Vaccination in Bombay 1863-1868 - 1863-1868
Year: 1863
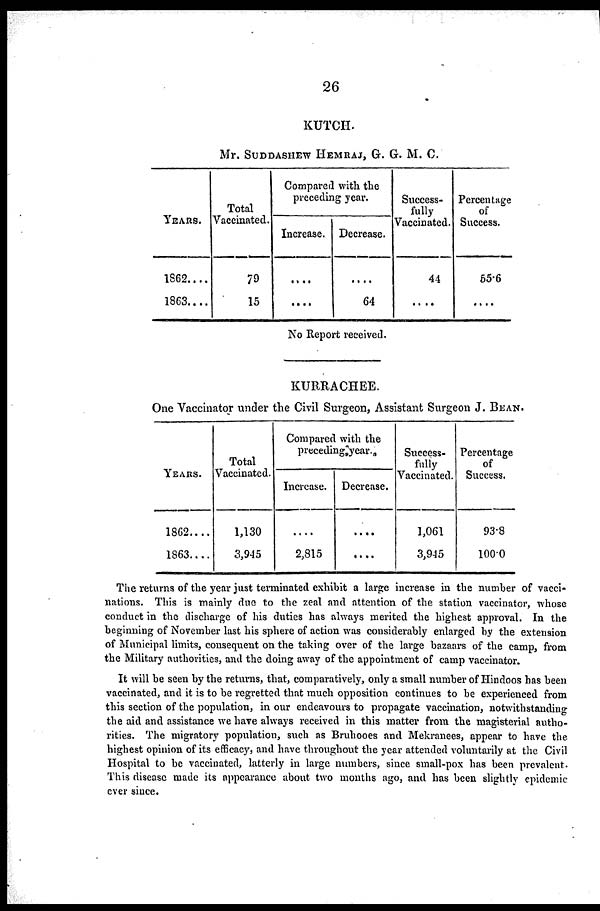
26
KUTCH.
Mr. SUDDASHEW HEMRAJ, G. G. M. C.
YEARS.
1862....
1863....
Total
Vaccinated.
79
15
Compared with the
preceding year.
Increase.
....
....
Decrease.
....
64
Success-
fully
Vaccinated.
44
....
Percentage
of
Success.
55.6
....
No Report received.
KURRACHEE.
One Vaccinator under the Civil Surgeon, Assistant Surgeon J. BEAN.
YEARS.
1862....
1863....
Total
Vaccinated.
1,130
3,945
Compared with the
preceding year.
Increase.
....
2,815
Decrease.
....
....
Success-
fully
Vaccinated.
1,061
3,945
Percentage
of
Success.
93.8
100.0
The returns of the year just terminated exhibit a large increase in the number of vacci-
nations. This is mainly due to the zeal and attention of the station vaccinator, whose
conduct in the discharge of his duties has always merited the highest approval. In the
beginning of November last his sphere of action was considerably enlarged by the extension
of Municipal limits, consequent on the taking over of the large bazaars of the camp, from
the Military authorities, and the doing away of the appointment of camp vaccinator.
It will be seen by the returns, that, comparatively, only a small number of Hindoos has been
vaccinated, and it is to be regretted that much opposition continues to be experienced from
this section of the population, in our endeavours to propagate vaccination, notwithstanding
the aid and assistance we have always received in this matter from the magisterial autho-
rities. The migratory population, such as Bruhooes and Mekranees, appear to have the
highest opinion of its efficacy, and have throughout the year attended voluntarily at the Civil
Hospital to be vaccinated, latterly in large numbers, since small-pox has been prevalent.
This disease made its appearance about two months ago, and has been slightly epidemic
ever since.